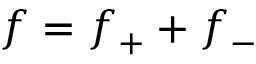
f = f _ { + } + f _ { - }